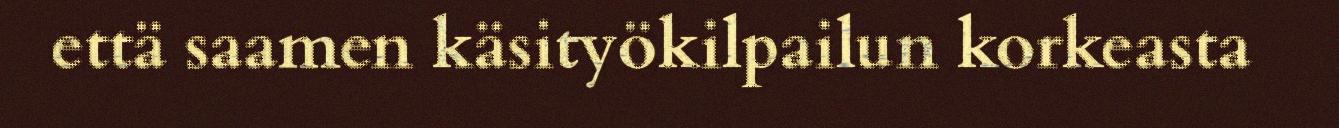
että saamen käsityökilpailun korkeasta